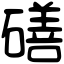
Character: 磰